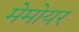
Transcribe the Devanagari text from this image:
मेमोयर